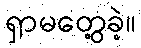
ရှာမတွေ့ခဲ့။